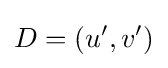
D=(u',v')